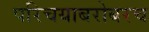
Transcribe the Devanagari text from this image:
परिचयाबरोबरच